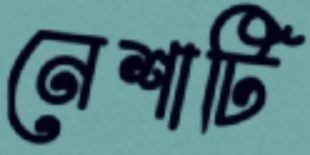
নেশাটি